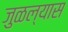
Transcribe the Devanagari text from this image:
जुळल्यास